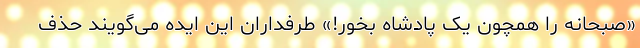
«صبحانه را همچون یک پادشاه بخور!» طرفداران این ایده می‌گویند حذف